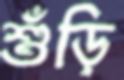
শুঁড়ি